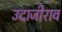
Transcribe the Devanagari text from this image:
उदाजीराव